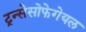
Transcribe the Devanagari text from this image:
ट्रन्सेसोफेगेयल